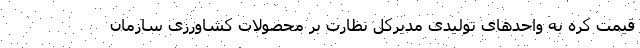
قیمت کره به واحدهای تولیدی مدیرکل نظارت بر محصولات کشاورزی سازمان